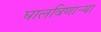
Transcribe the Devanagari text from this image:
घालविणार्‍या